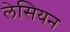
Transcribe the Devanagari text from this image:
लेसियन